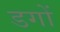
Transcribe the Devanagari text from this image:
डगों